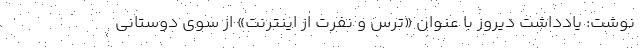
نوشت: یادداشت دیروز با عنوان «ترس و نفرت از اینترنت» از سوی دوستانی